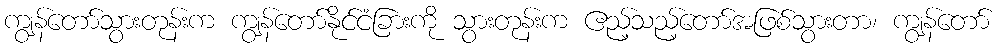
ကျွန်တော်သွားတုန်းက ကျွန်တော်နိုင်ငံခြားကို သွားတုန်းက ဧည့်သည့်တော်အဖြစ်သွားတာ၊ ကျွန်တော်